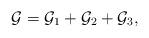
LaTeX: \begin{align*}\mathcal{G}=\mathcal{G}_1 + \mathcal{G}_2+\mathcal{G}_3 ,\end{align*}